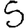
Digit: 5